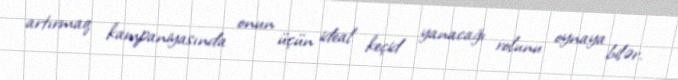
artırmaq kampaniyasında onun üçün ideal keçid yanacağı rolunu oynaya bilər.